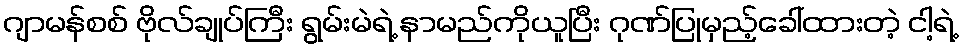
ဂျာမန်စစ် ဗိုလ်ချုပ်ကြီး ရွမ်းမဲရဲ့ နာမည်ကိုယူပြီး ဂုဏ်ပြုမှည့်ခေါ်ထားတဲ့ ငါ့ရဲ့